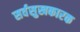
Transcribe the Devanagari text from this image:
सर्वसुखकारक